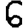
Digit: 6